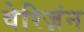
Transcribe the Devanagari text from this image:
वेरिज़ंन